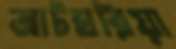
আটঘরিয়া